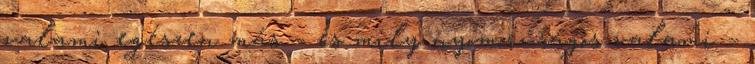
valami egészen más – és mily nyomorúságos valami –